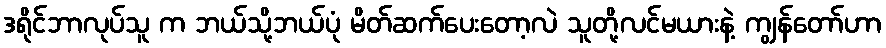
ဒရိုင်ဘာလုပ်သူ က ဘယ်သို့ဘယ်ပုံ မိတ်ဆက်ပေးတော့လဲ သူတို့လင်မယားနဲ့ ကျွန်တော်ဟာ